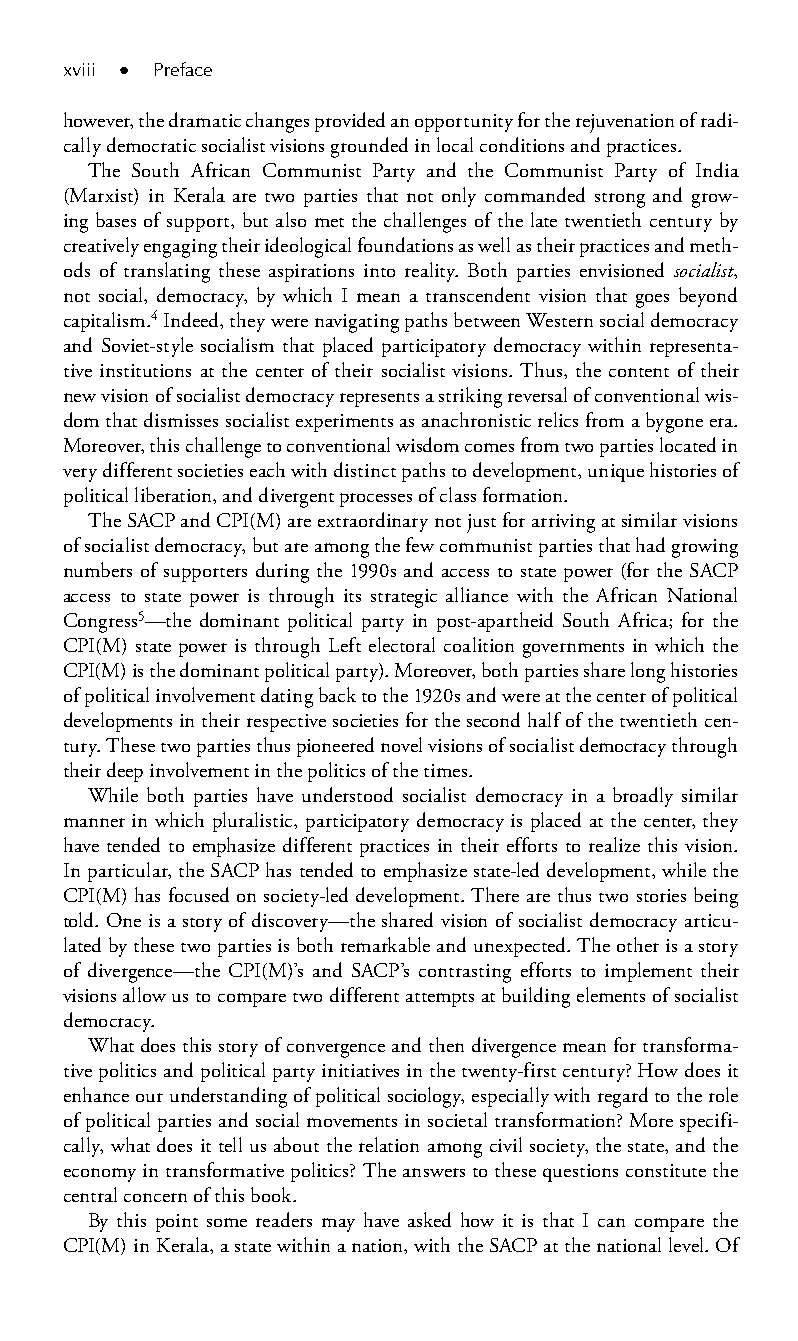
xviii ● Preface
 however, the dramatic changes provided an opportunity for the rejuvenation of radi-
 cally democratic socialist visions grounded in local conditions and practices.
 The South African Communist Party and the Communist Party of India
 (Marxist) in Kerala are two parties that not only commanded strong and grow-
 ing bases of support, but also met the challenges of the late twentieth century by
 creatively engaging their ideological foundations as well as their practices and meth-
 ods of translating these aspirations into reality. Both parties envisioned socialist,
 not social, democracy, by which I mean a transcendent vision that goes beyond
 capitalism.4 Indeed, they were navigating paths between Western social democracy
 and Soviet-style socialism that placed participatory democracy within representa-
 tive institutions at the center of their socialist visions. Thus, the content of their
 new vision of socialist democracy represents a striking reversal of conventional wis-
 dom that dismisses socialist experiments as anachronistic relics from a bygone era.
 Moreover, this challenge to conventional wisdom comes from two parties located in
 very different societies each with distinct paths to development, unique histories of
 political liberation, and divergent processes of class formation.
 The SACP and CPI(M) are extraordinary not just for arriving at similar visions
 of socialist democracy, but are among the few communist parties that had growing
 numbers of supporters during the 1990s and access to state power (for the SACP
 access to state power is through its strategic alliance with the African National
 Congress5—the dominant political party in post-apartheid South Africa; for the
 CPI(M) state power is through Left electoral coalition governments in which the
 CPI(M) is the dominant political party). Moreover, both parties share long histories
 of political involvement dating back to the 1920s and were at the center of political
 developments in their respective societies for the second half of the twentieth cen-
 tury. These two parties thus pioneered novel visions of socialist democracy through
 their deep involvement in the politics of the times.
 While both parties have understood socialist democracy in a broadly similar
 manner in which pluralistic, participatory democracy is placed at the center, they
 have tended to emphasize different practices in their efforts to realize this vision.
 In particular, the SACP has tended to emphasize state-led development, while the
 CPI(M) has focused on society-led development. There are thus two stories being
 told. One is a story of discovery—the shared vision of socialist democracy articu-
 lated by these two parties is both remarkable and unexpected. The other is a story
 of divergence—the CPI(M)’s and SACP’s contrasting efforts to implement their
 visions allow us to compare two different attempts at building elements of socialist
 democracy.
 What does this story of convergence and then divergence mean for transforma-
 tive politics and political party initiatives in the twenty-first century? How does it
 enhance our understanding of political sociology, especially with regard to the role
 of political parties and social movements in societal transformation? More specifi-
 cally, what does it tell us about the relation among civil society, the state, and the
 economy in transformative politics? The answers to these questions constitute the
 central concern of this book.
 By this point some readers may have asked how it is that I can compare the
 CPI(M) in Kerala, a state within a nation, with the SACP at the national level. Of
 99778800223300660066440011ttss0011..iinndddd xxvviiiiii 33//2277//22000088 33::0000::0066 PPMM